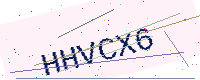
Text: HHVCX6